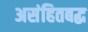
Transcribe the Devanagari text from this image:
असंहितबद्ध